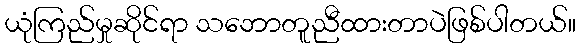
ယုံကြည်မှုဆိုင်ရာ သဘောတူညီထားတာပဲဖြစ်ပါတယ်။